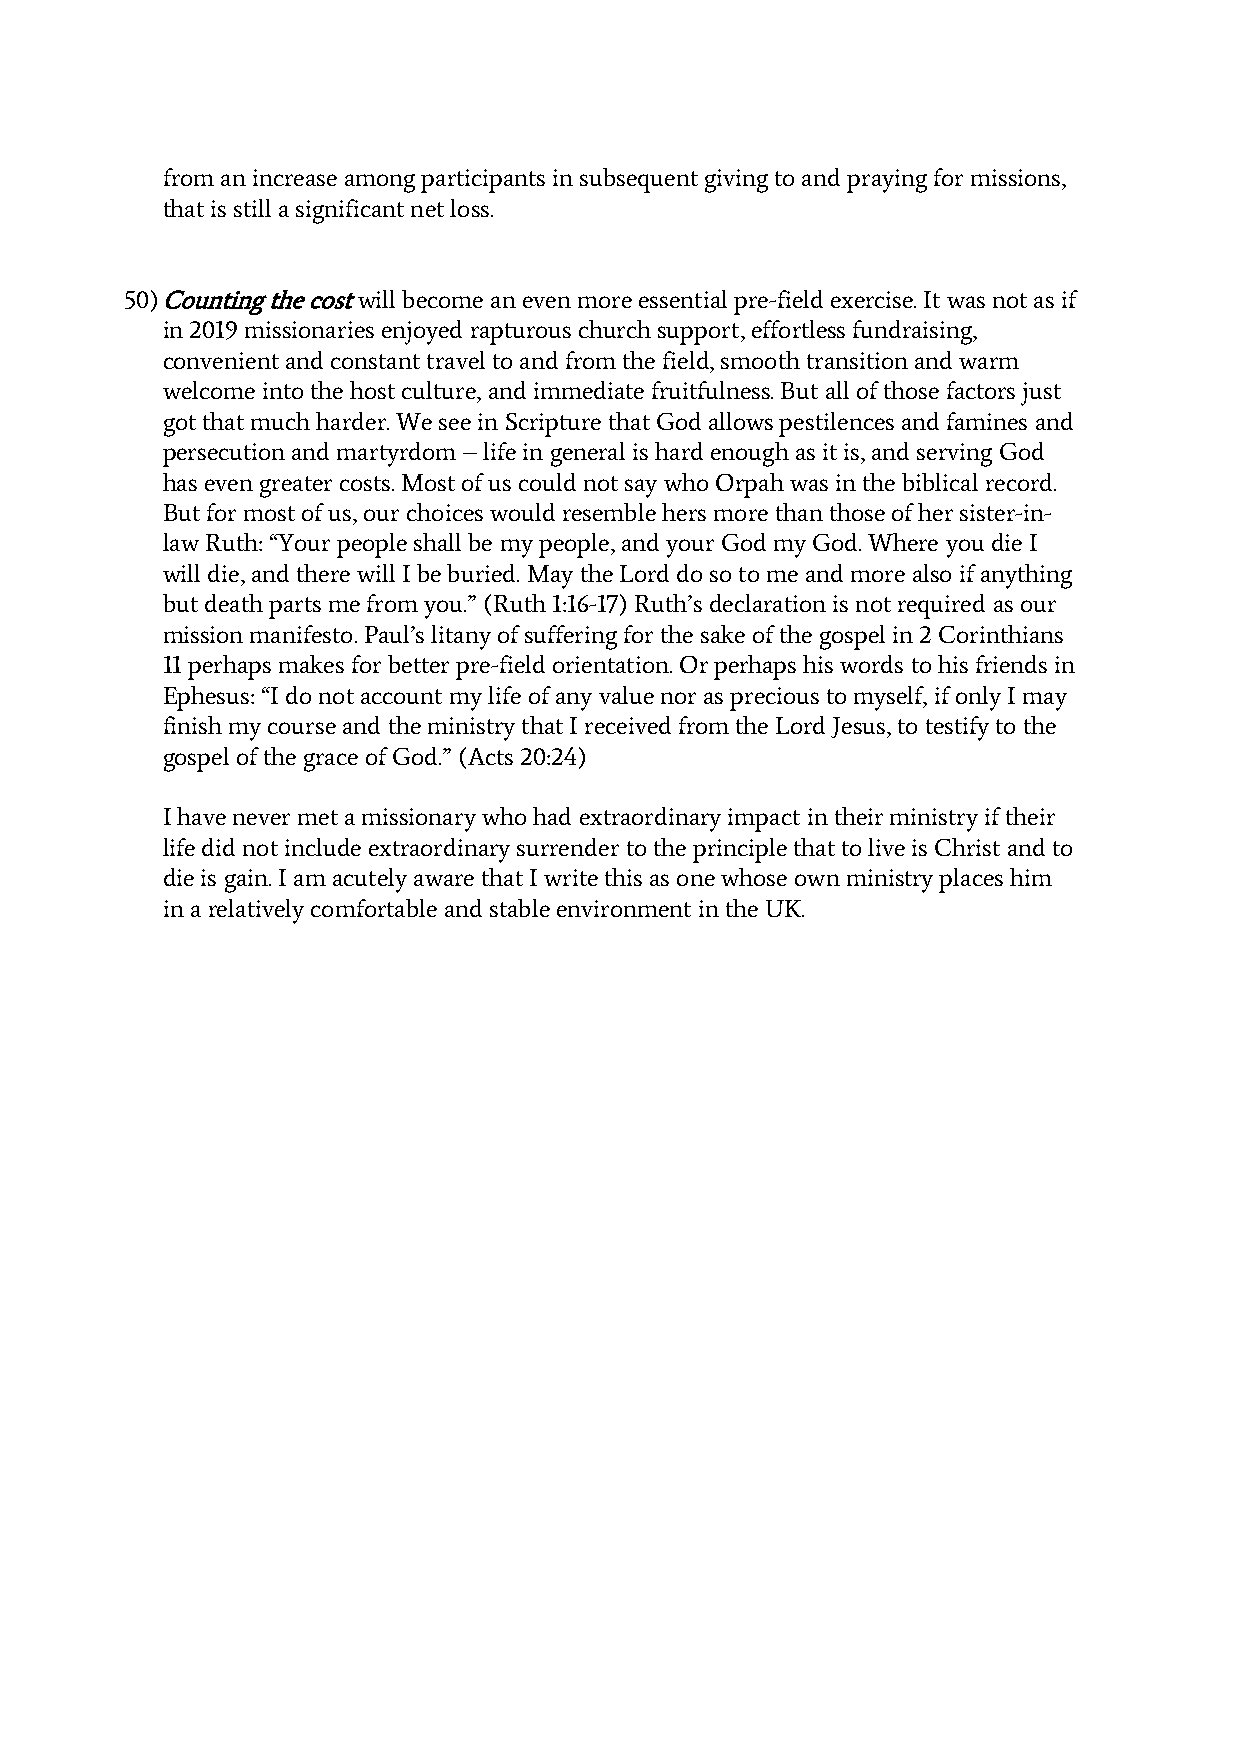
from an increase among participants in subsequent giving to and praying for missions,
 that is still a significant net loss.
 50) Counting the cost will become an even more essential pre-field exercise. It was not as if
 in 2019 missionaries enjoyed rapturous church support, effortless fundraising,
 convenient and constant travel to and from the field, smooth transition and warm
 welcome into the host culture, and immediate fruitfulness. But all of those factors just
 got that much harder. We see in Scripture that God allows pestilences and famines and
 persecution and martyrdom – life in general is hard enough as it is, and serving God
 has even greater costs. Most of us could not say who Orpah was in the biblical record.
 But for most of us, our choices would resemble hers more than those of her sister-in-
 law Ruth: “Your people shall be my people, and your God my God. Where you die I
 will die, and there will I be buried. May the Lord do so to me and more also if anything
 but death parts me from you.” (Ruth 1:16-17) Ruth’s declaration is not required as our
 mission manifesto. Paul’s litany of suffering for the sake of the gospel in 2 Corinthians
 11 perhaps makes for better pre-field orientation. Or perhaps his words to his friends in
 Ephesus: “I do not account my life of any value nor as precious to myself, if only I may
 finish my course and the ministry that I received from the Lord Jesus, to testify to the
 gospel of the grace of God.” (Acts 20:24)
 I have never met a missionary who had extraordinary impact in their ministry if their
 life did not include extraordinary surrender to the principle that to live is Christ and to
 die is gain. I am acutely aware that I write this as one whose own ministry places him
 in a relatively comfortable and stable environment in the UK.